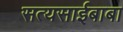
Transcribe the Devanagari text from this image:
सत्यसाईबाबा